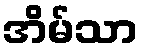
အိမ်သာ